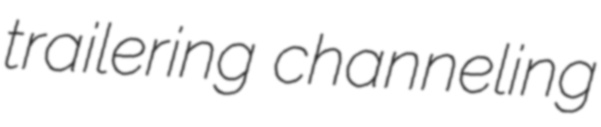
trailering channeling